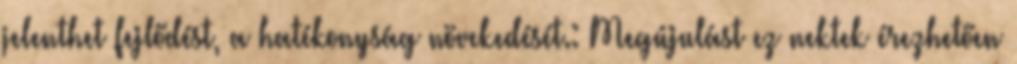
jelenthet fejlődést, a hatékonyság növekedését.: Megújulást ez nektek érezhetően